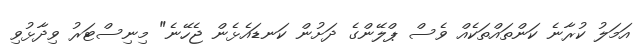
އަމަލު ކުރާނެ ކަންތައްތަކެއް ވެސް ޕްލޭންގެ ދަށުން ކަނޑައެޅެން ޖެހޭނެ" މިނިސްޓަރު ވިދާޅުވި